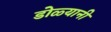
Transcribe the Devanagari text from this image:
डोळ्यानी